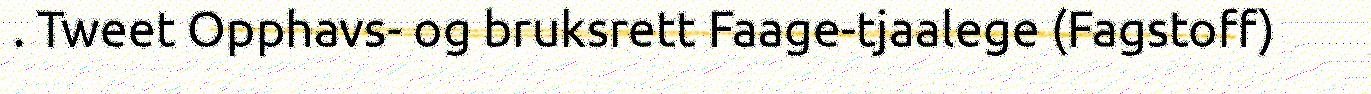
. Tweet Opphavs- og bruksrett Faage-tjaalege (Fagstoff)